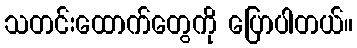
သတင်းထောက်တွေကို ပြောပါတယ်။